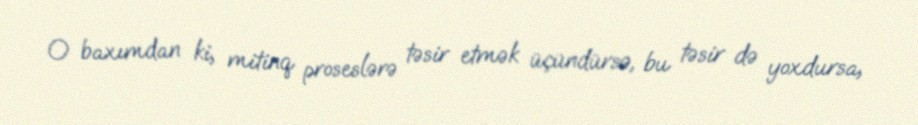
O baxımdan ki, mitinq proseslərə təsir etmək üçündürsə, bu təsir də yoxdursa,